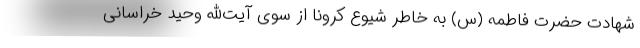
شهادت حضرت فاطمه (س) به خاطر شیوع کرونا از سوی آیت‌الله وحید خراسانی